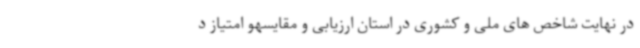
در نهایت شاخص های ملی و کشوری در استان ارزیابی و مقایسهو امتیاز د